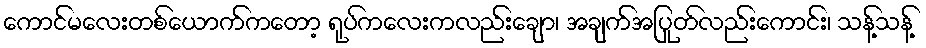
ကောင်မလေးတစ်ယောက်ကတော့ ရုပ်ကလေးကလည်းချော၊ အချက်အပြုတ်လည်းကောင်း၊ သန့်သန့်